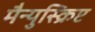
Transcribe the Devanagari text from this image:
मैन्युस्क्रिप्ट